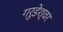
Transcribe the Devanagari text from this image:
गरुडेश्‍वर